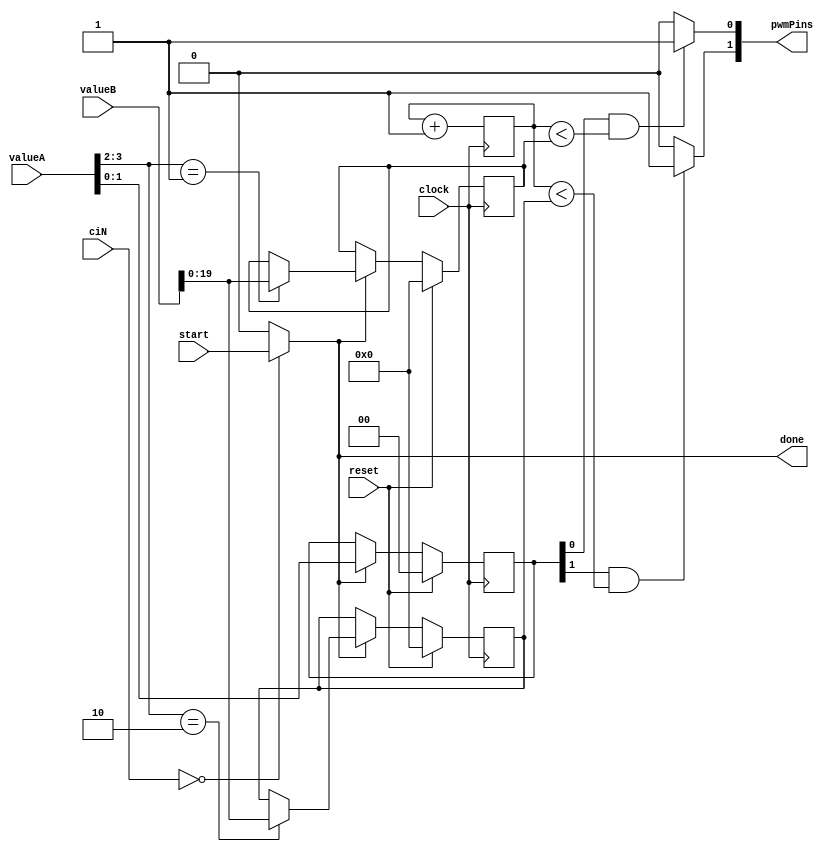
module pwm_generator #(  parameter [7:0] customId = 8'h00 )
             (  input  wire         start,
                                    clock,
                                    reset,  // ToDo use it -> 
                input  wire [31:0]  valueA,
                                    valueB,
                input  wire  [7:0]  ciN,
                output wire  [1:0]  pwmPins,
                output wire         done
              );

    // Valua A: bit 0 and 1 activate pwm 1 and 2
    //          bit 2 and 3 are used to select which duty cycle to write (valueB)
    
    // VALUE A
    // first 2 bits are directly written to the pwmactivated pins
    // 3rd bit
    // write duty1 from valueB to duty_1
    // 4th bit
    // write duty2 from valueB to duty_2

    // duty can be from 0 to 2^20

    wire s_isMyCust = (ciN == customId) ? start : 1'b0;
    assign done = s_isMyCust;

    reg [1:0] pwmActivated = 0;

    // We want to generate PWM at 50Hz (from motor datasheet)
    // The system clock should be 72MHz
    // Which means that we need to count 1.440.000 cycles to get 50Hz
    // With a 20bits counter we can count up to 1.048.576, which seems like a good compromise
    // This way we never reset the counter
    reg [19:0] counterFreq = 0;
    
    reg [19:0] duty_1 = 0 , duty_2 = 0;
    
    assign pwmPins[0] = (pwmActivated[0] && counterFreq < duty_1) ? 1'b1 : 1'b0;
    assign pwmPins[1] = (pwmActivated[1] && counterFreq < duty_2) ? 1'b1 : 1'b0;

    always @(posedge clock) begin
        if (reset) begin
            counterFreq <= 0;
            pwmActivated <= 0;
            duty_1 <= 0;
            duty_2 <= 0;
        end else begin
            if (s_isMyCust) begin
                pwmActivated <= valueA[1:0];
                duty_1 <= valueA[3:2] == 2'b01 ? valueB[19:0] : duty_1;
                duty_2 <= valueA[3:2] == 2'b10 ? valueB[19:0] : duty_2;
            end
        end
        counterFreq <= counterFreq + 1'b1; 
    end

endmodule